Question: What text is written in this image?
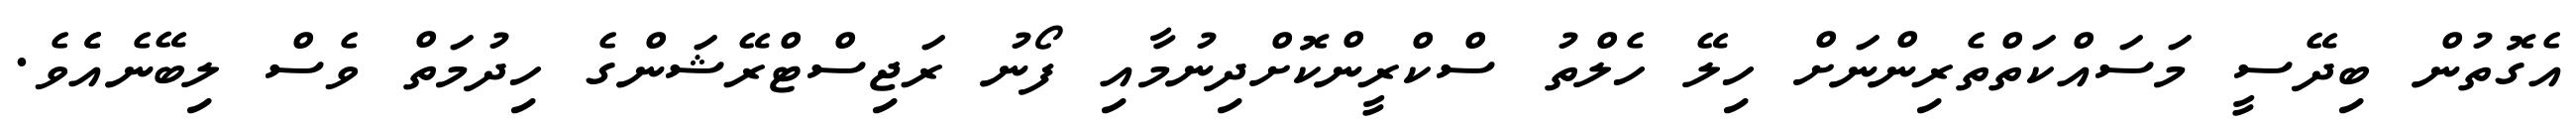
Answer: އެގޮތުން ބިދޭސީ މަސައްކަތްތެރިންނަށް ހިލޭ ހެލްތު ސްކްރީންކޮށްދިނުމާއި ފޯނު ރަޖިސްޓްރޭޝަންގެ ހިދުމަތް ވެސް ލިބޭނެއެެވެ.